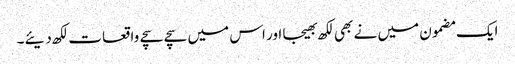
ایک مضمون میں نے بھی لکھ بھیجا اور اس میں سچے سچے واقعات لکھ دیئے۔